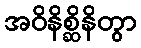
အဝိနိစ္ဆိနိတွာ